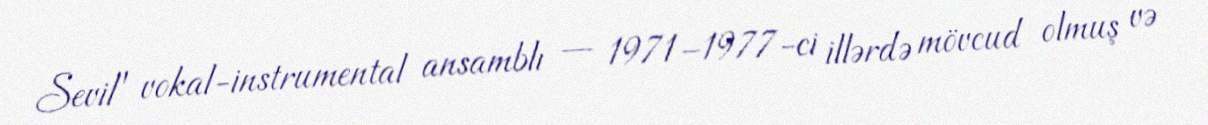
Sevil" vokal-instrumental ansamblı — 1971–1977-ci illərdə mövcud olmuş və